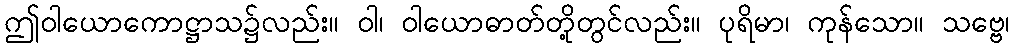
ဤဝါယောကောဋ္ဌာသ၌လည်း။ ဝါ၊ ဝါယောဓာတ်တို့တွင်လည်း။ ပုရိမာ၊ ကုန်သော။ သဗ္ဗေ၊